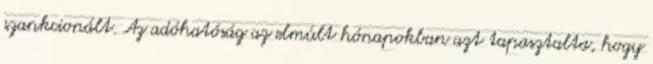
szankcionált. Az adóhatóság az elmúlt hónapokban azt tapasztalta, hogy